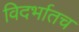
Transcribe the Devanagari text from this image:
विदर्भातच